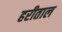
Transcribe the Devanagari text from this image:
हरीताल